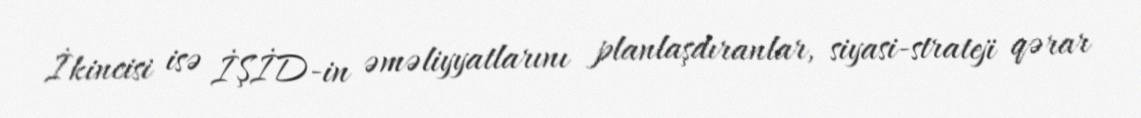
İkincisi isə İŞİD-in əməliyyatlarını planlaşdıranlar, siyasi-strateji qərar